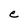
Character: e